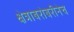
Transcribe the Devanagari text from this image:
क्षेत्राबरोबरीनेच